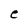
Character: e